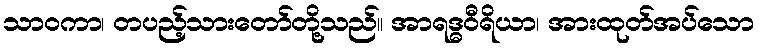
သာဝကာ၊ တပည့်သားတော်တို့သည်။ အာရဒ္ဓဝီရိယာ၊ အားထုတ်အပ်သော